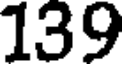
139